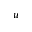
u